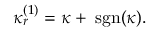
\kappa _ { r } ^ { ( 1 ) } = \kappa + \; \mathrm { s g n } ( \kappa ) .